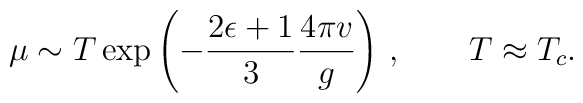
\mu \sim T \exp\left(-\frac{2\epsilon+1}3\frac{4\pi  v}g\right)\,,\qquad T \approx T_c.